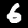
Label: 6